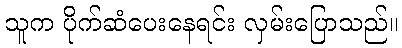
သူက ပိုက်ဆံပေးနေရင်း လှမ်းပြောသည်။